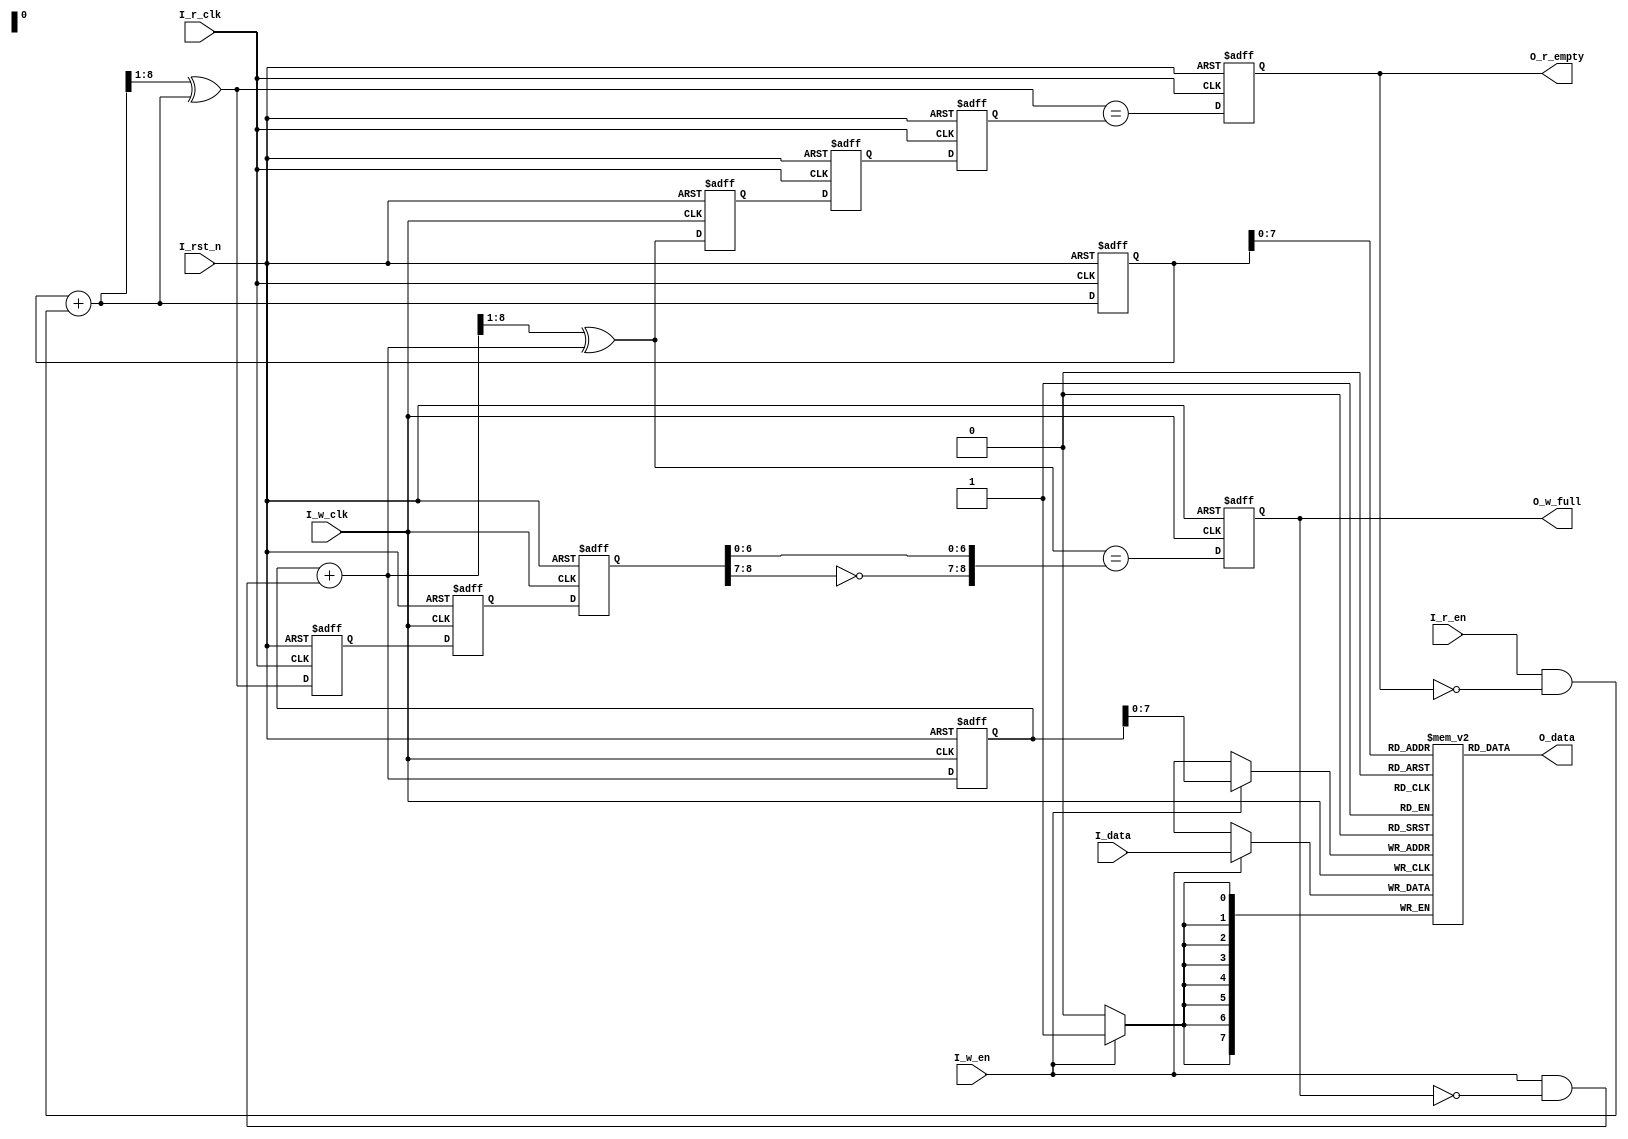
module  fifo
#(
parameter WIDTH = 8,   //8
parameter ADDRSIZE = 8 //8FIFO2^8
)
(
	input I_rst_n, //
	input I_w_clk, //
	input I_w_en,  //	
	input I_r_clk, //
	input I_r_en,  //
	input [WIDTH-1 : 0]I_data,//8
	output [WIDTH-1 : 0]O_data,//
	output reg O_r_empty,//
	output reg O_w_full  //
);

(*KEEP = "TRUE"*)wire [ADDRSIZE-1 : 0] waddr,raddr;//
reg [ADDRSIZE : 0] w_ptr,r_ptr;//,(9)
reg [ADDRSIZE : 0] wp_to_rp1,wp_to_rp2;//12D
reg [ADDRSIZE : 0] rp_to_wp1,rp_to_wp2;//12D

//RAM-----------------------------------------------------------------------------------------
localparam RAM_DEPTH = 1 << ADDRSIZE; //RAM=2^ADDRSIZE, =256
reg [WIDTH-1 : 0] mem[RAM_DEPTH-1 : 0]; //8256RAM

always @(posedge I_w_clk)
begin
	if(I_w_en)
		mem[waddr] <= I_data;
end
assign O_data = mem[raddr];

//,-----------------------------------------------------------------------
always @(posedge I_w_clk or negedge I_rst_n)
begin
	if(!I_rst_n)
	begin
		rp_to_wp1 <= 0;
		rp_to_wp2 <= 0;
	end
	else
	begin
		rp_to_wp1 <= r_ptr;
		rp_to_wp2 <= rp_to_wp1;
	end
end

//,--------------------------------------------------
always @(posedge I_r_clk or negedge I_rst_n)
begin
	if(!I_rst_n)
	begin
		wp_to_rp1 <= 0;
		wp_to_rp2 <= 0;
	end
	else
	begin
		wp_to_rp1 <= w_ptr;
		wp_to_rp2 <= wp_to_rp1;
	end
end
		
//------------------------------------------------------------------
(*KEEP = "TRUE"*)reg  [ADDRSIZE : 0] raddr_cnt;
(*KEEP = "TRUE"*)wire [ADDRSIZE : 0]raddr_cnt_next;
(*KEEP = "TRUE"*)wire [ADDRSIZE : 0] r_ptr_next;
(*KEEP = "TRUE"*)wire empty_val;
always @(posedge I_r_clk or negedge I_rst_n)
begin
	if(!I_rst_n)
	begin
		raddr_cnt <= 0;
		r_ptr <= 0;
	end
	else
	begin
		raddr_cnt <= raddr_cnt_next;
		r_ptr <= r_ptr_next;
	end
end

assign raddr_cnt_next = raddr_cnt + (I_r_en & ~O_r_empty);//+1
assign r_ptr_next = (raddr_cnt_next >> 1) ^ raddr_cnt_next; //()=>()
assign raddr = raddr_cnt[ADDRSIZE-1 : 0]; //
assign empty_val = (r_ptr_next == wp_to_rp2);//

always @(posedge I_r_clk or negedge I_rst_n)
begin
	if(!I_rst_n)
	O_r_empty <= 1'b1;
	else
	O_r_empty <= empty_val;
end


//------------------------------------------------------------------
(*KEEP = "TRUE"*)reg  [ADDRSIZE : 0] waddr_cnt;
(*KEEP = "TRUE"*)wire [ADDRSIZE : 0]waddr_cnt_next;
wire [ADDRSIZE : 0]w_ptr_next;
wire full_val;

always @(posedge I_w_clk or negedge I_rst_n)
begin
	if (!I_rst_n)
	begin
		waddr_cnt <= 0;
		w_ptr <= 0;
	end
	else
	begin
		waddr_cnt <= waddr_cnt_next;
		w_ptr <= w_ptr_next;
	end
end

assign waddr_cnt_next = waddr_cnt + (I_w_en & ~O_w_full);//+1
assign w_ptr_next = (waddr_cnt_next >> 1) ^ waddr_cnt_next;
assign waddr = waddr_cnt[ADDRSIZE-1 : 0];//
assign full_val = (w_ptr_next == {~rp_to_wp2[ADDRSIZE : ADDRSIZE-1],rp_to_wp2[ADDRSIZE-2 : 0]});//

always @(posedge I_w_clk or negedge I_rst_n)
begin
	if(!I_rst_n)
	O_w_full <= 1'b0;
	else
	O_w_full <= full_val;
end

endmodule